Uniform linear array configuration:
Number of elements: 16
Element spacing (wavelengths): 1
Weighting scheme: hamming
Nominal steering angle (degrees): -45
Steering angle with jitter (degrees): -44.943
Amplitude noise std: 0.05
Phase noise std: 0.05

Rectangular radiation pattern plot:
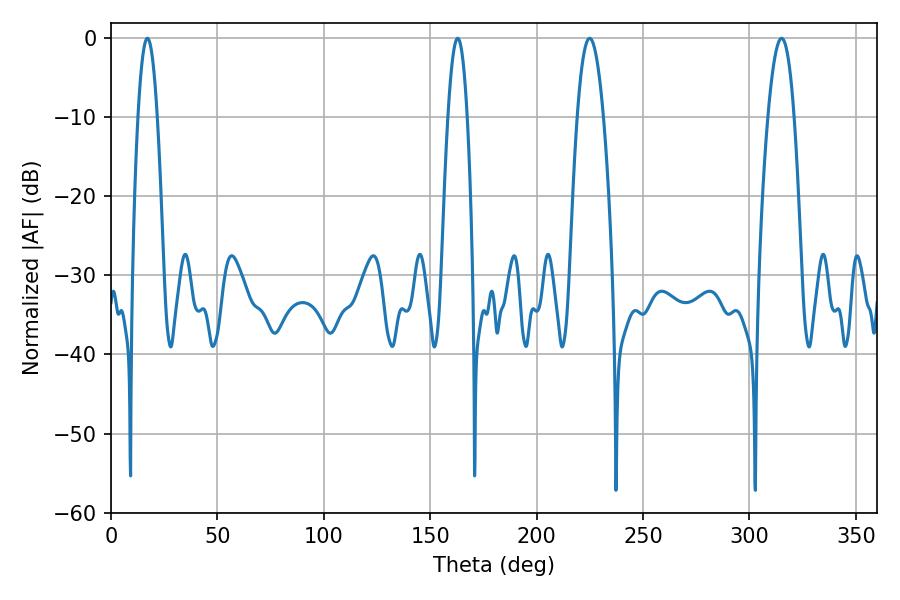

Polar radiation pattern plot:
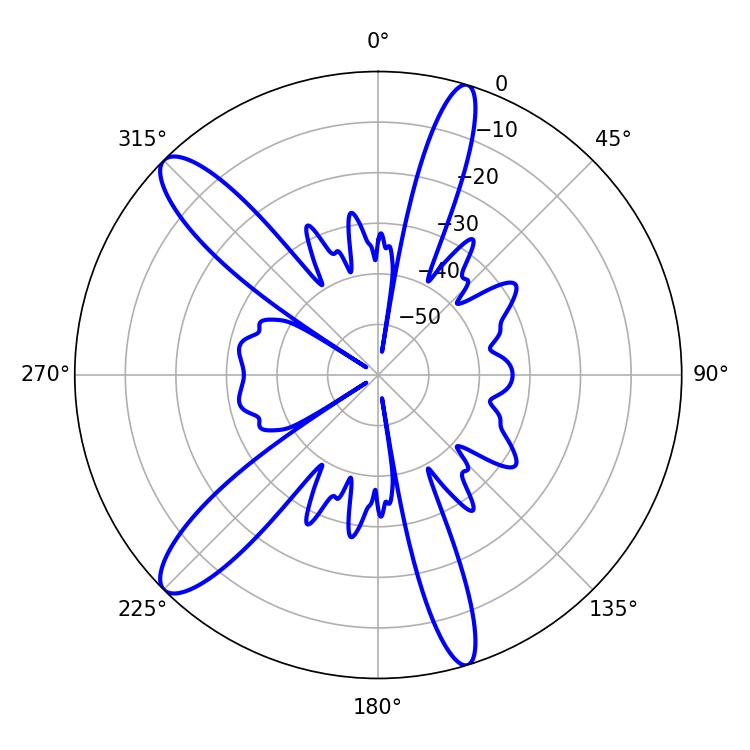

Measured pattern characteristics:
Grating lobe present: TRUE
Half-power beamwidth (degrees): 5.04
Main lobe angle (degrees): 17.1